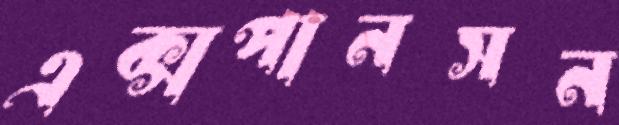
এক্সপানসন